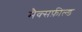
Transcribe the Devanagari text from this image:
मैक्सफ़ील्ड